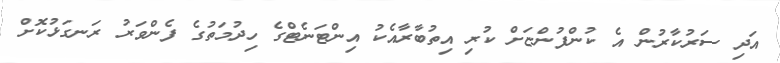
އަދި ސަރުކާރުން އެ ކުންފުންޏަށް ކުރި އިތުބާރާއެކު އިންޓަނެޓްގެ ހިދުމަތުގެ ފެންވަރު ރަނގަޅުކޮށް